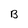
Character: B